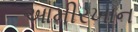
આમીરખાન